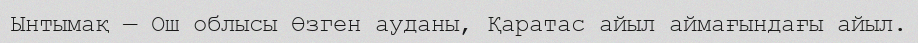
Ынтымақ — Ош облысы Өзген ауданы, Қаратас айыл аймағындағы айыл.